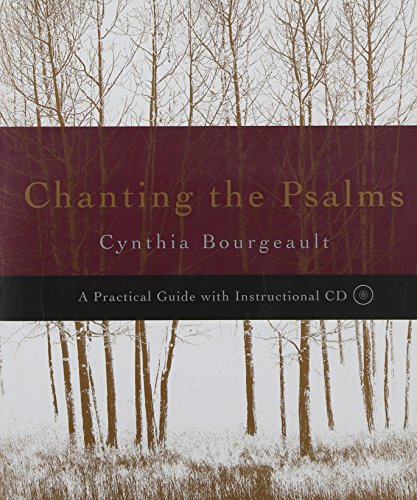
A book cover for Chanting the Psalms: A Practical Guide with Instructional CD; Cynthia Bourgeault; Christian Books & Bibles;